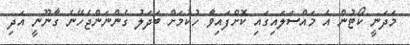
މަދަނީ ކޯޓުން އެ މައްސަލައިގައި ކޮށްފައިވާ ހުކުމަށް ބަދަލު ގެންނަންޖެހޭނެ ގާނޫނީ އަދި